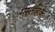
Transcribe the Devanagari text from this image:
मुस्तहिक